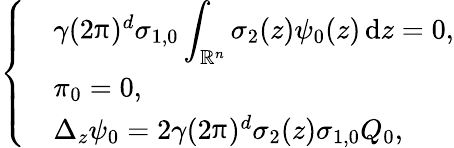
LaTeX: \left\{ \begin{array}{rl}&{\gamma(2\uppi)^{d}\sigma_{1,0}\displaystyle\int_{\mathbb R^{n}}\sigma_{2}(z)\psi_{0}(z)\, {\mathrm{d}}z=0,}\\ &{\pi_{0}=0,}\\ &{\Delta_{z}\psi_{0}=2\gamma(2\uppi)^{d}\sigma_{2}(z)\sigma_{1,0}Q_{0},}\end{array}\right.